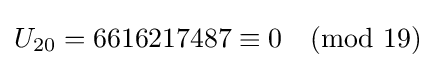
U_{20}=6616217487\equiv 0{\pmod {19}}